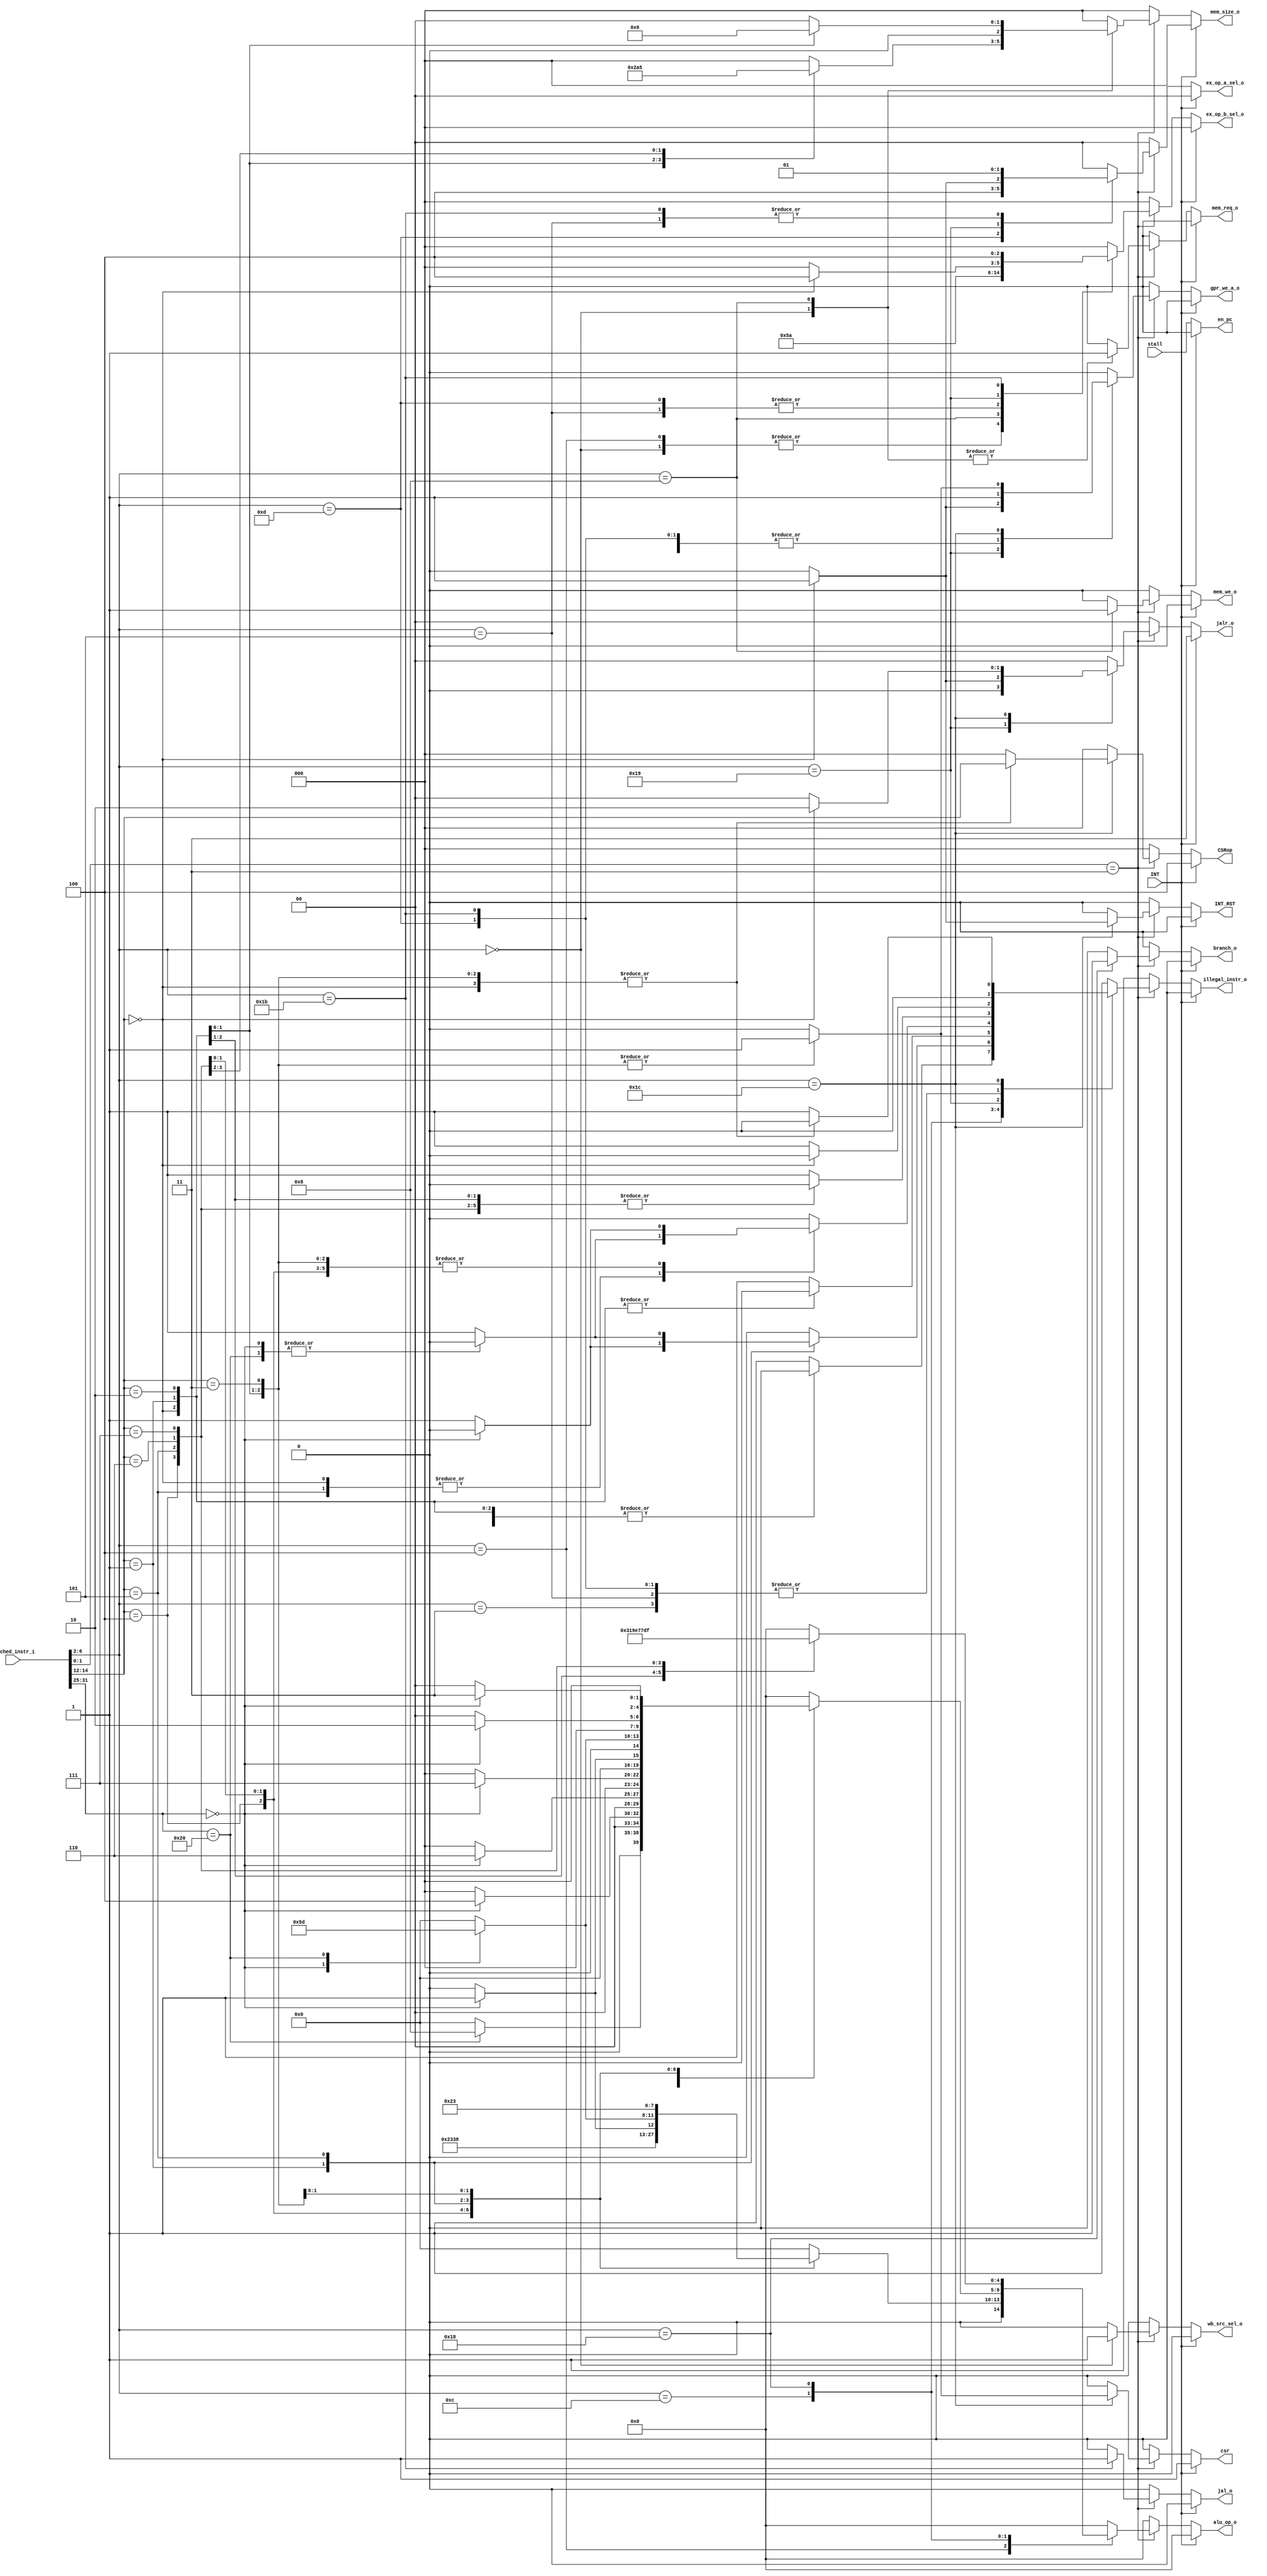
`timescale 1ns / 1ps

`define RESET_ADDR 32'h00000000

`define ALU_OP_WIDTH  5

`define ALU_ADD   5'b00000
`define ALU_SUB   5'b01000

`define ALU_XOR   5'b00100
`define ALU_OR    5'b00110
`define ALU_AND   5'b00111

// shifts
`define ALU_SRA   5'b01101
`define ALU_SRL   5'b00101
`define ALU_SLL   5'b00001

// comparisons
`define ALU_LTS   5'b11100
`define ALU_LTU   5'b11110
`define ALU_GES   5'b11101
`define ALU_GEU   5'b11111
`define ALU_EQ    5'b11000
`define ALU_NE    5'b11001

// set lower than operations
`define ALU_SLTS  5'b00010
`define ALU_SLTU  5'b00011

// opcodes
`define LOAD_OPCODE      5'b00_000
`define MISC_MEM_OPCODE  5'b00_011
`define OP_IMM_OPCODE    5'b00_100
`define AUIPC_OPCODE     5'b00_101
`define STORE_OPCODE     5'b01_000
`define OP_OPCODE        5'b01_100
`define LUI_OPCODE       5'b01_101
`define BRANCH_OPCODE    5'b11_000
`define JALR_OPCODE      5'b11_001
`define JAL_OPCODE       5'b11_011
`define SYSTEM_OPCODE    5'b11_100

// dmem type load store
`define LDST_B           3'b000
`define LDST_H           3'b001
`define LDST_W           3'b010
`define LDST_BU          3'b100
`define LDST_HU          3'b101

// operand a selection
`define OP_A_RS1         2'b00
`define OP_A_CURR_PC     2'b01
`define OP_A_ZERO        2'b10

// operand b selection
`define OP_B_RS2         3'b000
`define OP_B_IMM_I       3'b001
`define OP_B_IMM_U       3'b010
`define OP_B_IMM_S       3'b011
`define OP_B_INCR        3'b100

// writeback source selection
`define WB_EX_RESULT     1'b0
`define WB_LSU_DATA      1'b1

module RISC_V_decode(
                     input      [31:0]              fetched_instr_i,
                     output reg [1:0]               ex_op_a_sel_o,
                     output reg [2:0]               ex_op_b_sel_o,
                     output reg [`ALU_OP_WIDTH-1:0] alu_op_o,
                     output reg                     mem_req_o,
                     output reg                     mem_we_o,
                     output reg [2:0]               mem_size_o,
                     output reg                     gpr_we_a_o,
                     output reg                     wb_src_sel_o,
                     output reg                     illegal_instr_o,
                     output reg                     branch_o,
                     output reg                     jal_o,
                     output reg [1:0]               jalr_o,
                     
                     input                          stall,
                     output reg                     en_pc,
                     output reg                     INT_RST,
                     input                          INT,
                     output reg [2:0]               CSRop,
                     output reg                     csr
    );

always @ (*)
begin
    if(INT) begin
        jalr_o <= 2'b11;
        CSRop <= 3'b100;
        csr <= 1'b1;
        mem_we_o <= 1'b0;
        en_pc <= 1'b0;
        wb_src_sel_o <= 1'b0;
        ex_op_a_sel_o <= 2'b00;
        ex_op_b_sel_o <= 3'b000;
        mem_req_o <= 1'b0;
        mem_size_o <= 3'b0;
        gpr_we_a_o <= 1'b0;
        illegal_instr_o <= 1'b0;
        branch_o <= 1'b0;
        jal_o <= 1'b0;
        INT_RST <= 1'b0;
        alu_op_o <= 5'b0;
    end else
    begin
        en_pc <= stall;
        wb_src_sel_o <= 1'b0;
        ex_op_a_sel_o <= 2'b00;
        ex_op_b_sel_o <= 3'b000;
        alu_op_o <= 5'b0;
        mem_size_o <= 3'b0;
        case ( fetched_instr_i[1:0] )
            2'b11: begin
                        mem_req_o <= 1'b0;
                        branch_o <= 1'b0;
                        jalr_o <= 2'b00;
                        jal_o <= 1'b0;
                        illegal_instr_o <= 1'b0;
                        mem_we_o <= 1'b0;
                        gpr_we_a_o <= 1'b0;
                        INT_RST <= 1'b0;
                        csr <= 1'b0;
                        CSRop <= 3'b0;
                        INT_RST <= 1'b0;
                        case ( fetched_instr_i[6:2] )
                            `LOAD_OPCODE: begin
                                             mem_req_o <= 1'b1;
                                             ex_op_a_sel_o <= 2'b00;
                                             ex_op_b_sel_o <= 3'b001;
                                             wb_src_sel_o <= 1'b1;
                                             alu_op_o <= `ALU_ADD;
                                             gpr_we_a_o <= 1'b1;
                                             case ( fetched_instr_i[14:12] )
                                                3'h0: 
                                                   mem_size_o <= 3'h0;
                                                3'h1:
                                                   mem_size_o <= 3'h1;
                                                3'h2:
                                                   mem_size_o <= 3'h2;
                                                3'h4:
                                                   mem_size_o <= 3'h4;
                                                3'h5:
                                                   mem_size_o <= 3'h5;
                                                default:
                                                   illegal_instr_o <= 1'b1;
                                             endcase
                                          end                        
                            `MISC_MEM_OPCODE: begin
                                                 jalr_o <= 2'b0;
                                                 csr <= 1'b0;
                                                 illegal_instr_o <= 1'b0;
                                                 wb_src_sel_o <= 1'b0;
                                                 ex_op_a_sel_o <= 2'b0;
                                                 ex_op_b_sel_o <= 3'b0;
                                                 alu_op_o <= 5'b0;
                                                 mem_req_o <= 1'b0;
                                                 mem_we_o <= 1'b0;
                                                 mem_size_o <= 3'b0;
                                                 gpr_we_a_o <= 1'b0;
                                                 branch_o <= 1'b0;
                                                 jal_o <= 1'b0;
                                                 csr <= 1'b0;    
                                                 CSRop <= 3'b0;  
                                                 INT_RST <= 1'b0;
                                              end
                            `OP_IMM_OPCODE: begin
                                               ex_op_a_sel_o <= 2'b00;
                                               ex_op_b_sel_o <= 3'b001;
                                               gpr_we_a_o <= 1'b1;
                                               wb_src_sel_o <= 1'b0;
                                               case ( fetched_instr_i[14:12] )
                                                  3'h0: begin
                                                           alu_op_o <= `ALU_ADD;
                                                        end
                                                  3'h4: begin
                                                           alu_op_o <= `ALU_XOR;
                                                        end
                                                  3'h6: begin
                                                           alu_op_o <= `ALU_OR;
                                                        end
                                                  3'h7: begin
                                                           alu_op_o <= `ALU_AND;
                                                        end
                                                  3'h1: begin
                                                           case ( fetched_instr_i[31:25] )
                                                               7'h0: begin
                                                                        alu_op_o <= `ALU_SLL;
                                                                     end
                                                               default:
                                                                  illegal_instr_o <= 1'b1;
                                                           endcase
                                                        end
                                                  3'h5: begin
                                                           case ( fetched_instr_i[31:25] )
                                                              7'h0: begin
                                                                       alu_op_o <= `ALU_SRL;
                                                                    end
                                                              7'h20: begin
                                                                        alu_op_o <= `ALU_SRA;
                                                                     end
                                                              default:
                                                                 illegal_instr_o <= 1'b1;
                                                           endcase
                                                        end
                                                  3'h2: begin
                                                           alu_op_o <= `ALU_SLTS;
                                                        end
                                                  3'h3: begin
                                                           alu_op_o <= `ALU_SLTU;
                                                        end
                                                  default:
                                                     illegal_instr_o <= 1'b1;
                                               endcase
                                            end
                            `AUIPC_OPCODE: begin
                                              gpr_we_a_o <= 1'b1;
                                              ex_op_a_sel_o <= 2'b01;
                                              ex_op_b_sel_o <= 3'b010;
                                              alu_op_o <= `ALU_ADD;
                                              wb_src_sel_o <= 1'b0;
                                           end
                            `STORE_OPCODE: begin
                                              gpr_we_a_o <= 1'b0;
                                              ex_op_a_sel_o <= 2'b00;
                                              ex_op_b_sel_o <= 3'b011;
                                              alu_op_o <= `ALU_ADD;
                                              mem_we_o <= 1'b1;
                                              mem_req_o <= 1'b1;
                                              case ( fetched_instr_i[14:12] )
                                                 3'h0:
                                                    mem_size_o <= 3'h0;
                                                 3'h1:
                                                    mem_size_o <= 3'h1;
                                                 3'h2:
                                                    mem_size_o <= 3'h2;
                                                 default:
                                                    illegal_instr_o <= 1'b1;
                                              endcase
                                           end
                            `OP_OPCODE: begin
                                           gpr_we_a_o <= 1'b1;
                                           wb_src_sel_o <= 1'b0;
                                           ex_op_a_sel_o <= 2'b00;
                                           ex_op_b_sel_o <= 3'b000;
                                           case ( fetched_instr_i[14:12] )
                                              3'h0: begin
                                                       case ( fetched_instr_i[31:25] )
                                                          7'h0:
                                                             alu_op_o <= `ALU_ADD;
                                                          7'h20:
                                                             alu_op_o <= `ALU_SUB;
                                                          default:
                                                             illegal_instr_o <= 1'b1;
                                                       endcase
                                                    end
                                              3'h4: begin
                                                       case ( fetched_instr_i[31:25] )
                                                          7'h0:
                                                             alu_op_o <= `ALU_XOR;
                                                          default:
                                                             illegal_instr_o <= 1'b1;
                                                       endcase
                                                    end
                                              3'h6: begin
                                                       case ( fetched_instr_i[31:25] )
                                                          7'h0:
                                                             alu_op_o <= `ALU_OR;
                                                          default:
                                                             illegal_instr_o <= 1'b1;
                                                       endcase
                                                    end
                                              3'h7: begin
                                                       case ( fetched_instr_i[31:25] )
                                                          7'h0:
                                                             alu_op_o <= `ALU_AND;
                                                          default:
                                                             illegal_instr_o <= 1'b1;
                                                       endcase
                                                    end
                                              3'h1: begin
                                                       case ( fetched_instr_i[31:25] )
                                                          7'h0:
                                                             alu_op_o <= `ALU_SLL;
                                                          default:
                                                             illegal_instr_o <= 1'b1;
                                                       endcase
                                                    end
                                              3'h5: begin
                                                       case ( fetched_instr_i[31:25] )
                                                          7'h0:
                                                             alu_op_o <= `ALU_SRL;
                                                          7'h20:
                                                             alu_op_o <= `ALU_SRA;
                                                          default:
                                                             illegal_instr_o <= 1'b1;
                                                       endcase
                                                    end
                                              3'h2: begin
                                                       case ( fetched_instr_i[31:25] )
                                                          7'h0:
                                                             alu_op_o <= `ALU_SLTS;
                                                          default:
                                                             illegal_instr_o <= 1'b1;
                                                       endcase
                                                    end
                                              3'h3: begin
                                                       case ( fetched_instr_i[31:25] )
                                                          7'h0:
                                                             alu_op_o <= `ALU_SLTU;
                                                          default:
                                                             illegal_instr_o <= 1'b1;
                                                       endcase
                                                    end
                                              default:
                                                 illegal_instr_o <= 1'b1;
                                           endcase
                                        end
                            `LUI_OPCODE: begin
                                            gpr_we_a_o <= 1'b1;
                                            ex_op_a_sel_o <= 2'b10;
                                            ex_op_b_sel_o <= 3'b010;
                                            alu_op_o <= `ALU_ADD;
                                            wb_src_sel_o <= 1'b0;
                                         end
                            `BRANCH_OPCODE: begin
                                               branch_o <= 1'b1;
                                               gpr_we_a_o <= 1'b0;
                                               ex_op_a_sel_o <= 2'b00;
                                               ex_op_b_sel_o <= 3'b000;
                                               mem_we_o <= 1'b0;
                                               mem_req_o <= 1'b0;
                                               mem_size_o <= 3'h0;
                                               case ( fetched_instr_i[14:12] )
                                                  3'h0: begin
                                                           alu_op_o <= `ALU_EQ;
                                                        end
                                                  3'h1: begin
                                                           alu_op_o <= `ALU_NE;
                                                        end
                                                  3'h4: begin
                                                           alu_op_o <= `ALU_LTS;
                                                        end
                                                  3'h5: begin
                                                           alu_op_o <= `ALU_GES;
                                                        end
                                                  3'h6: begin
                                                           alu_op_o <= `ALU_LTU;
                                                        end
                                                  3'h7: begin
                                                           alu_op_o <= `ALU_GEU;
                                                        end
                                                  default:
                                                     illegal_instr_o <= 1'b1;
                                               endcase
                                            end
                            `JALR_OPCODE: begin
                                             case ( fetched_instr_i[14:12] )
                                                3'h0: begin
                                                         jalr_o <= 2'b01;
                                                         gpr_we_a_o <= 1'b1;
                                                         ex_op_a_sel_o <= 2'b01;
                                                         ex_op_b_sel_o <= 3'b100;
                                                         alu_op_o <= `ALU_ADD;
                                                         wb_src_sel_o <= 1'b0;
                                                      end
                                                default:
                                                   illegal_instr_o <= 1'b1;
                                             endcase
                                          end
                            `JAL_OPCODE: begin
                                            jal_o <= 1'b1;
                                            branch_o <= 1'b0;
                                            gpr_we_a_o <= 1'b1;
                                            ex_op_a_sel_o <= 2'b01;
                                            ex_op_b_sel_o <= 3'b100;
                                            alu_op_o <= `ALU_ADD;
                                            wb_src_sel_o <= 1'b0;
                                         end
                            `SYSTEM_OPCODE: begin
                                                wb_src_sel_o <= 1'b0;      
                                                mem_req_o <= 1'b0;     
                                                mem_we_o <= 3'b0;      
                                                mem_size_o <= 3'b0;    
                                                branch_o <= 1'b0;
                                                illegal_instr_o <= 1'b0;
                                                alu_op_o <= 5'b0;
                                                ex_op_a_sel_o <= 2'b00;
                                                ex_op_b_sel_o <= 3'b0;
                                                CSRop <= fetched_instr_i[14:12];
                                                case ( fetched_instr_i[14:12] )
                                                    3'b000: begin
                                                                gpr_we_a_o <= 1'b0;
                                                                csr <= 1'b0;
                                                                jalr_o <= 2'b10;
                                                                INT_RST <= 1'b1;
                                                            end
                                                    3'b001: begin
                                                                gpr_we_a_o <= 1'b1;
                                                                csr <= 1'b1;
                                                                jalr_o <= 2'b0;
                                                                INT_RST <= 1'b0;
                                                            end
                                                    3'b010: begin
                                                                gpr_we_a_o <= 1'b1;
                                                                csr <= 1'b1;
                                                                jalr_o <= 2'b0;
                                                                INT_RST <= 1'b0;
                                                            end
                                                    3'b011: begin
                                                                gpr_we_a_o <= 1'b1;
                                                                csr <= 1'b1;
                                                                jalr_o <= 2'b0;
                                                                INT_RST <= 1'b0;
                                                            end
                                                    default: begin
                                                                jalr_o <= 2'b0;
                                                                csr <= 1'b0;
                                                                illegal_instr_o <= 1'b1;
                                                                wb_src_sel_o <= 1'b0;
                                                                ex_op_a_sel_o <= 2'b0;
                                                                ex_op_b_sel_o <= 3'b0;
                                                                alu_op_o <= 5'b0;
                                                                mem_req_o <= 1'b0;
                                                                mem_we_o <= 1'b0;
                                                                mem_size_o <= 3'b0;
                                                                gpr_we_a_o <= 1'b0;
                                                                branch_o <= 1'b0;
                                                                jal_o <= 1'b0;
                                                                csr <= 1'b0;    
                                                                CSRop <= 3'b0;  
                                                                INT_RST <= 1'b0;
                                                             end
                                                endcase
                                            end
                            default: begin
                                    illegal_instr_o <= 1'b1;
                                    ex_op_a_sel_o <= 2'b0;
                                    ex_op_b_sel_o <= 3'b0;
                                    alu_op_o <= 5'b0;
                                    mem_req_o <= 1'b0;
                                    mem_we_o <= 1'b0;
                                    mem_size_o <= 3'b0;
                                    gpr_we_a_o <= 1'b0;
                                    wb_src_sel_o <= 1'b0;
                                    branch_o <= 1'b0;
                                    jal_o <= 1'b0;
                                    jalr_o <= 2'b00;
                                    INT_RST <= 1'b0;
                                    csr <= 1'b0;
                                    CSRop <= 3'b0;
                                    INT_RST <= 1'b0;
                                end
                        endcase
                   end
            default: begin
                        illegal_instr_o <= 1'b1;
                        ex_op_a_sel_o <= 2'b0;
                        ex_op_b_sel_o <= 3'b0;
                        alu_op_o <= 5'b0;
                        mem_req_o <= 1'b0;
                        mem_we_o <= 1'b0;
                        mem_size_o <= 3'b0;
                        gpr_we_a_o <= 1'b0;
                        wb_src_sel_o <= 1'b0;
                        branch_o <= 1'b0;
                        jal_o <= 1'b0;
                        jalr_o <= 2'b00;
                        INT_RST <= 1'b0;
                        csr <= 1'b0;
                        CSRop <= 3'b0;
                        INT_RST <= 1'b0;
                     end
        endcase
    end
end

endmodule